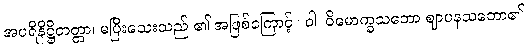
အပရိနိဋ္ဌိတတ္တာ၊ မပြီးသေးသည် ၏ အဖြစ်ကြောင့်။ ဝါ၊ ဝိမောက္ခသဘော ဈာပနသဘော၏